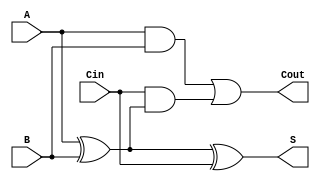
module FullAdder (
    input wire A,    // First input bit
    input wire B,    // Second input bit
    input wire Cin,  // Carry input from the previous less significant bit
    output wire S,   // Sum output
    output wire Cout // Carry output
);

// Calculate the sum using XOR gates
assign S = A ^ B ^ Cin;

// Calculate the carry-out using AND and OR gates
assign Cout = (A & B) | (Cin & (A ^ B));

endmodule